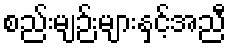
စည်းမျဉ်းများနှင့်အညီ